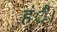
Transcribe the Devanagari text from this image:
हंै।